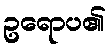
ဥရောပ၏